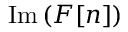
\operatorname { I m } { ( F [ n ] ) }